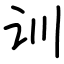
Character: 训